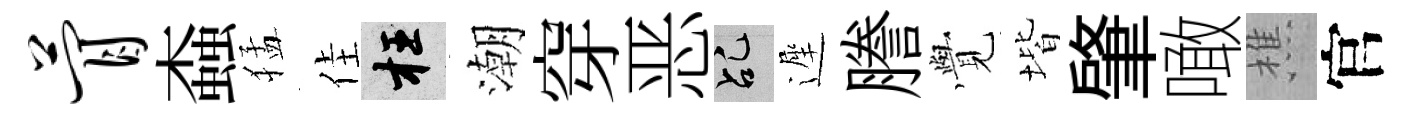
瞢螙猛佳枉潮穿恶乩遲謄𮗜堦肇噉樵官